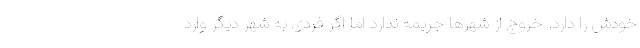
خودش را دارد. خروج از شهرها جریمه ندارد اما اگر فردی به شهر دیگر وارد